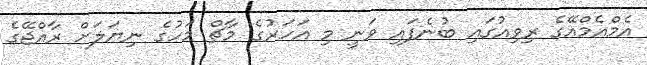
އެމްއެމްއޭގެ ރިވިއުގައި ބުނެފައި ވަނީ މި އަހަރުގެ މާޗް މަހުގެ ނިޔަލަށް ރާއްޖޭގެ